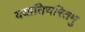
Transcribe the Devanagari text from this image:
ययातिचरितमु